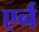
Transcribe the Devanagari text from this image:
एर्न